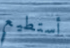
أستطيع